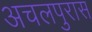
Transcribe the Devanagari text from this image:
अचलपुरास